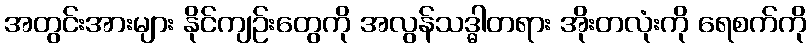
အတွင်းအားများ နိုင်ကျဉ်းတွေကို အလွန်သဒ္ဓါတရား အိုးတလုံးကို ရေစက်ကို